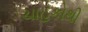
ચાહકોથી